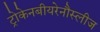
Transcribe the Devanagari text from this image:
ट्रोकेनबीयरेनौस्लीज